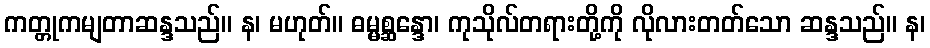
ကတ္တုကမျတာဆန္ဒသည်။ န၊ မဟုတ်။ ဓမ္မစ္ဆန္ဒော၊ ကုသိုလ်တရားတို့ကို လိုလားတတ်သော ဆန္ဒသည်။ န၊